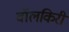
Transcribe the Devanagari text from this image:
वॉलकिरी